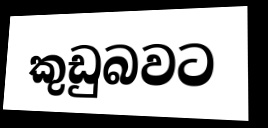
කුඩුබවට